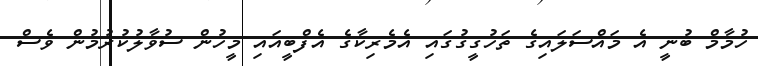
ހުމާމް ބުނީ އެ މައްސަލައިގެ ތަހުގީގުގައި އެމެރިކާގެ އެފްބީއައި މީހުން ސުވާލުކުރުމުން ވެސް